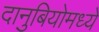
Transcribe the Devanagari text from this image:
दानुबियोमध्ये